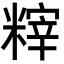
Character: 𥻮